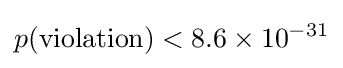
p({\text{violation}})<8.6\times 10^{-31}